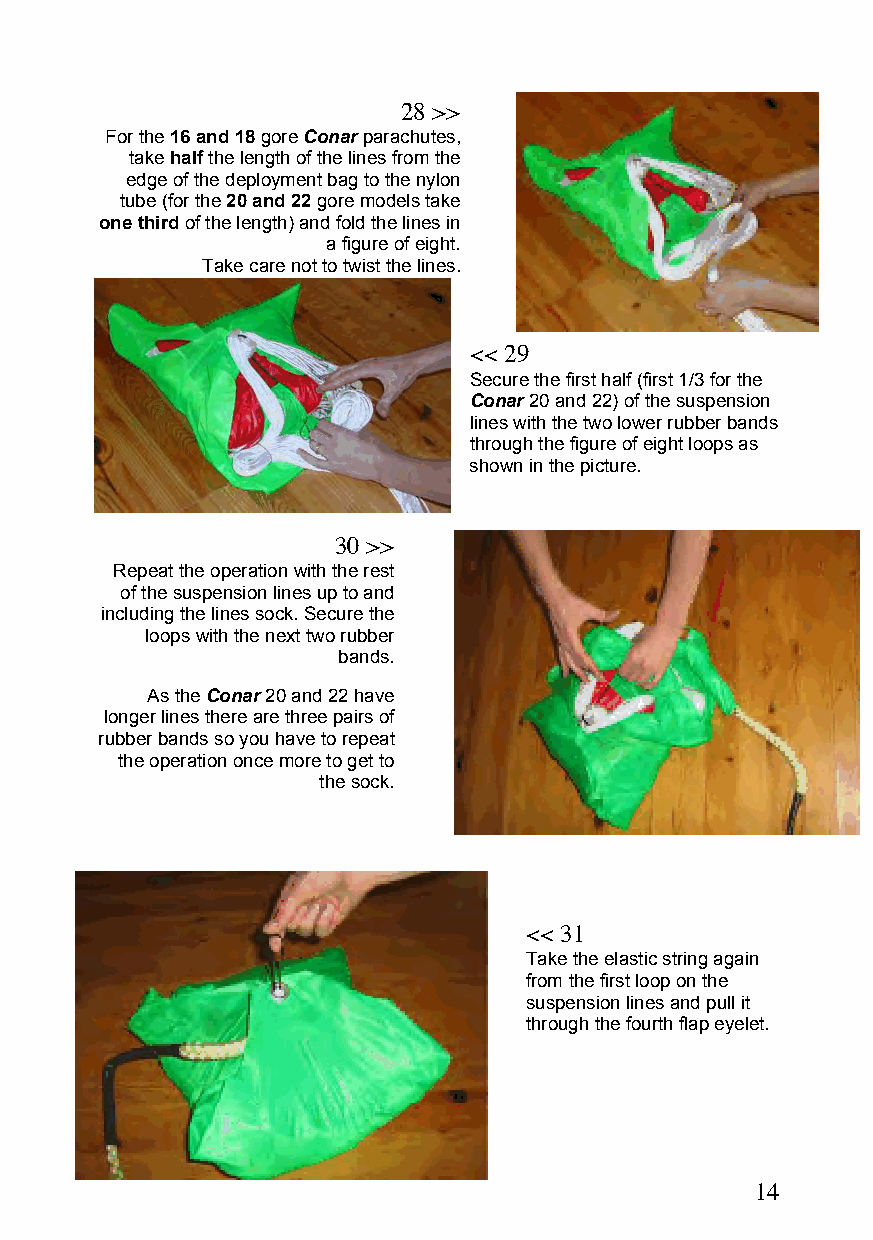
28 >>
 For the 16 and 18 gore Conar parachutes,
 takehalf the length of the lines from the
 edge of the deployment bag to the nylon
 tube (for the 20 and 22 gore models take
 one third of the length) and fold the lines in
 a figure of eight.
 Take care not to twist the lines.
 << 29
 Secure the first half (first 1/3 for the
 Conar 20 and 22) of the suspension
 lines with the two lower rubber bands
 through the figure of eight loops as
 shown in the picture.
 30 >>
 Repeat the operation with the rest
 of the suspension lines up to and
 including the lines sock. Secure the
 loops with the next two rubber
 bands.
 As the Conar 20 and 22 have
 longer lines there are three pairs of
 rubber bands so you have to repeat
 the operation once more to get to
 the sock.
 << 31
 Take the elastic string again
 from the first loop on the
 suspension lines and pull it
 through the fourth flap eyelet.
 14